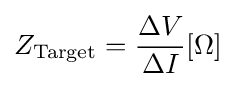
Z_{\textrm {Target}}={\frac {\Delta V}{\Delta I}}[\Omega ]